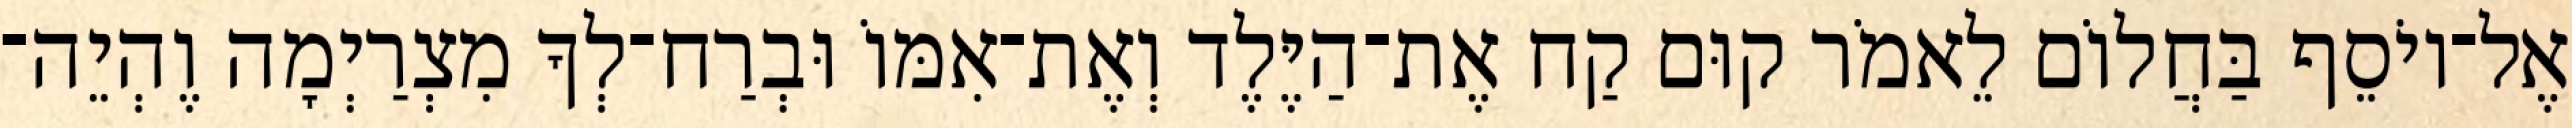
אֶל־יוֹסֵף בַּחֲלוֹם לֵאמֹר קוּם קַח אֶת־הַיֶּלֶד וְאֶת־אִמּוֹ וּבְרַח־לְךָ מִצְרַיְמָה וֶהְיֵה־